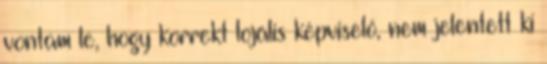
vontam le, hogy korrekt lojális képviselő, nem jelentett ki